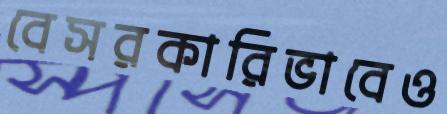
বেসরকারিভাবেও